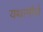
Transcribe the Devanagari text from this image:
यथामौर्य